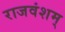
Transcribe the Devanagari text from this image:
राजवंशम्